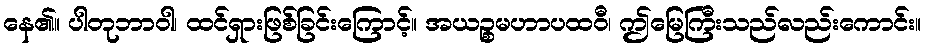
နေ၏။ ပါတုဘာဝါ၊ ထင်ရှားဖြစ်ခြင်းကြောင့်။ အယဉ္စမဟာပထဝီ၊ ဤမြေကြီးသည်လည်းကောင်း။